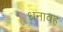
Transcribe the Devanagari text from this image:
धनावह